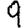
Digit: 9